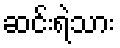
ဆင်းရဲသား